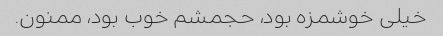
خیلی خوشمزه بود، حجمشم خوب بود، ممنون.